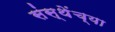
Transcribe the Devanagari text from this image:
संस्थेंच्या